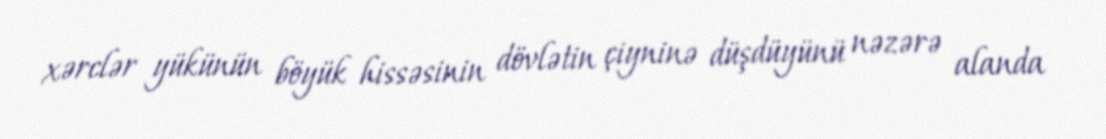
xərclər yükünün böyük hissəsinin dövlətin çiyninə düşdüyünü nəzərə alanda